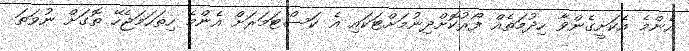
އެންމެ އެކަށީގެންވާ ހިދުމަތެއް ފޯރުކޮށްދިނުމަށްޓަކައި އެ ކަސްޓަމަރަށް އެންމެ ހިތަހަމަޖެހޭ ތޮގަށް ނުވަތަ